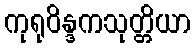
ကုရုဝိန္ဒကသုတ္တိယာ